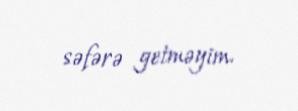
səfərə getməyim.